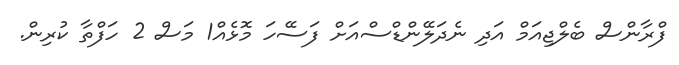
ފްރާންސް ބެލްޖިއަމް އަދި ނެދަލޭންޑްސްއަށް ފަސޭހަ މޮޅެއް1 މަސް 2 ހަފްތާ ކުރިން.